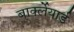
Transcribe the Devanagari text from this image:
बार्क्लेयार्ड